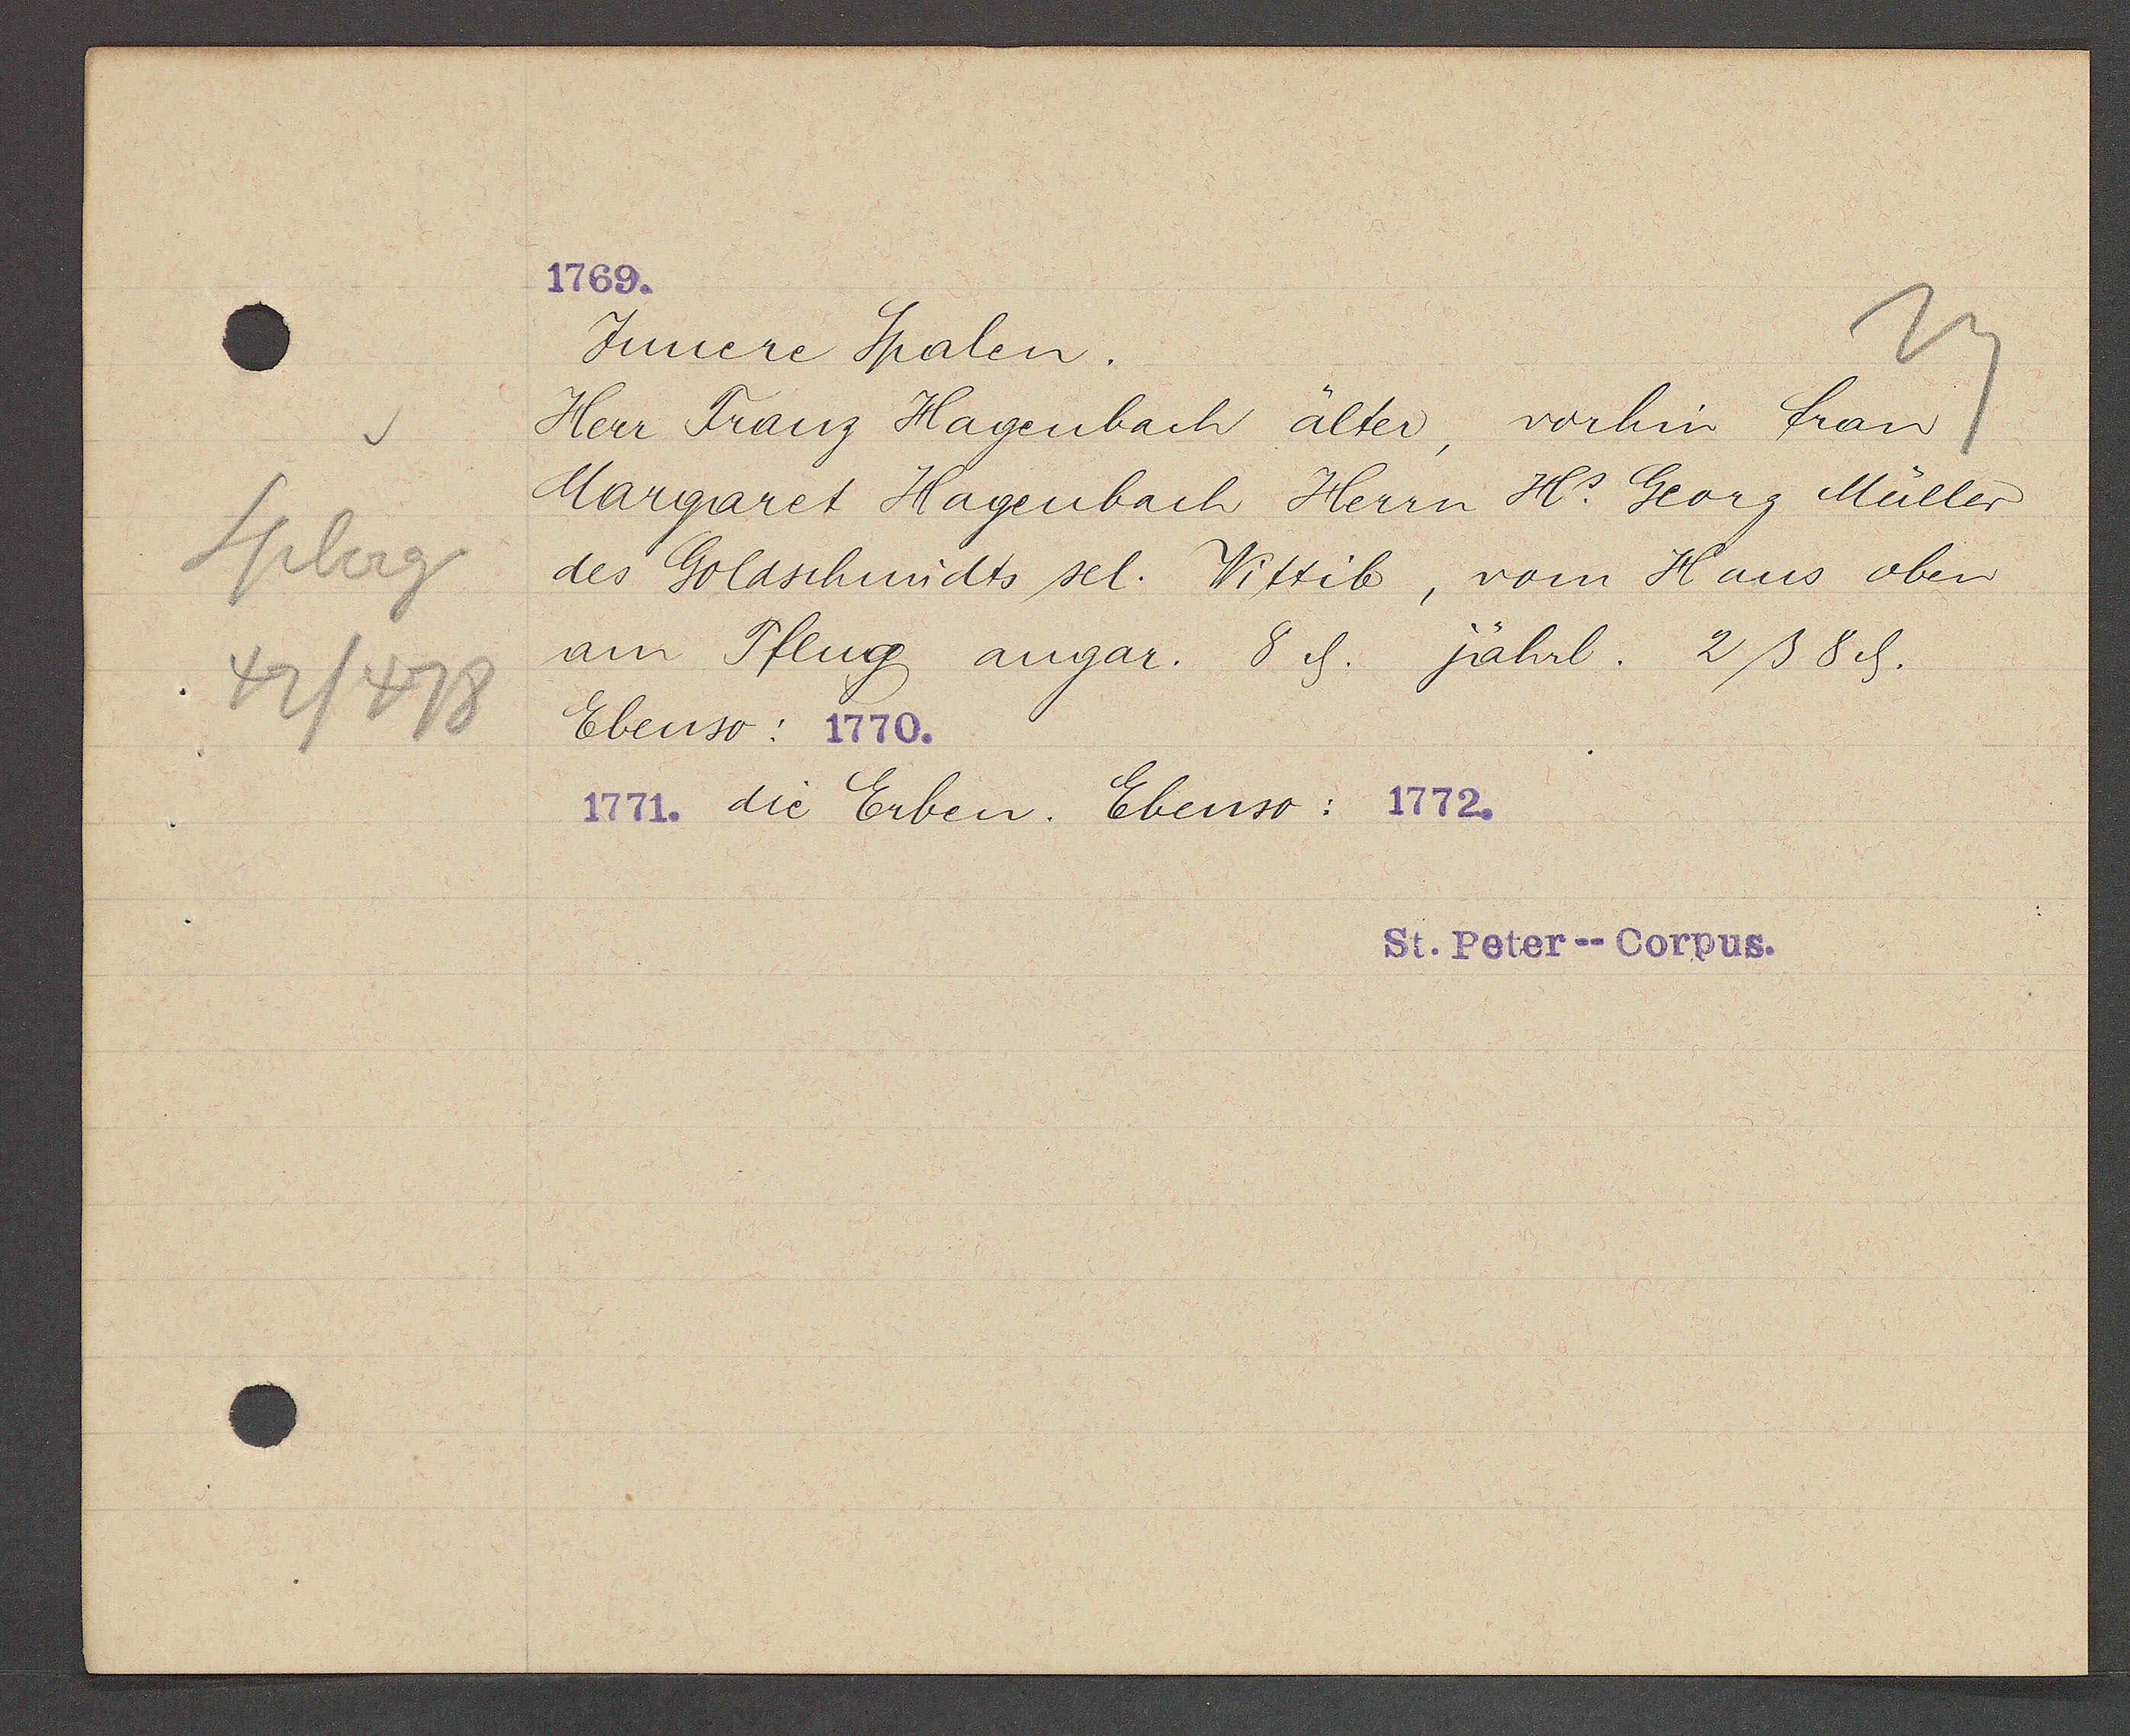
Transcript:
Spberg
42/478

1769.

Juncre Spalen.
Herr Franz Hagenbach älter, vorhin Fran
Margaret Hagenbach Herrn Hr. Georg Müller
des Goldschmidts sel. Wittib, vom Haus oben
am Pflug, angar. 8 ȡ. jährl. 2 ß 8 ȡ.
Ebenso: 1770.
1771. die Erben. Ebenso: 1772.

St. Peter--Corpus.